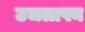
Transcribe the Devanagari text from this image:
उजलापन